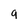
Character: q